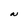
Character: N